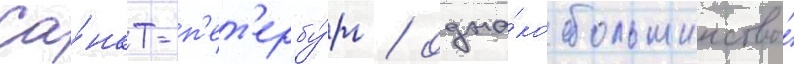
Са́нкт-п'ет'ербу́рг / одна́ко большинство́